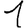
Digit: 1